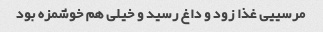
مرسییی غذا زود و داغ رسید و خیلی هم خوشمزه بود